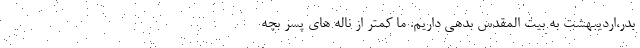
بدر،اردیبهشت به بیت المقدس بدهی داریم. ما کمتر از ناله های پسر بچه